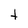
Character: t